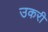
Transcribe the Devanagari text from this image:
उकरी